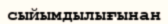
сыйымдылығынан